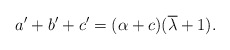
\begin{align*} a'+b'+c' = (\alpha + c )(\overline{\lambda} +1). \end{align*}